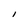
Character: I